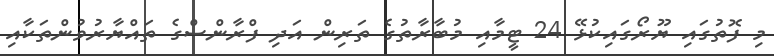
މި ފޮތުގައި ޔޫރޯގައިކުޅޭ 24 ޓީމާއި މުބާރާތުގެ ތަރިން އަދި ފްރާންސްގެ ތައްޔާރުވުންތަކާއި